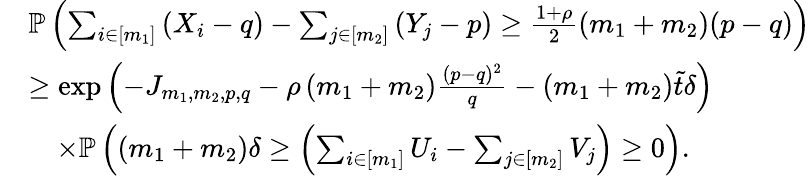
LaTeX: \begin{array}{rl}&{\mathbb{P}\left(\sum_{i\in[m_{1}]}\left(X_{i}-q\right)-\sum_{j\in[m_{2}]}\left(Y_{j}-p\right)\geq\frac{1+\rho}{2}\left(m_{1}+m_{2}\right)(p-q)\right)}\\ &{\geq\exp\left(-J_{m_{1},m_{2},p,q}-\rho\left(m_{1}+m_{2}\right)\frac{(p-q)^{2}}{q}-(m_{1}+m_{2})\tilde{t}\delta\right)}\\ &{\quad\times\mathbb{P}\left(\left(m_{1}+m_{2}\right)\delta\geq\left(\sum_{i\in[m_{1}]}U_{i}-\sum_{j\in[m_{2}]}V_{j}\right)\geq 0\right).}\end{array}